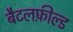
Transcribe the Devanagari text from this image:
बैटलफ़ील्ड